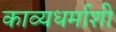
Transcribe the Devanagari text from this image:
काव्यधर्माशी